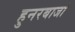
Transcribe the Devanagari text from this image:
हुनरबाजो